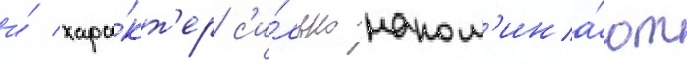
и́ хара́кт'ер с'и́льно напом'ина́ют